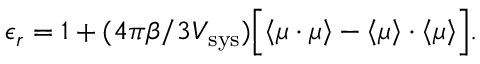
\epsilon _ { r } = 1 + ( 4 \pi \beta / 3 V _ { \mathrm { s y s } } ) \Bigl [ \left< \boldsymbol { \mu } \cdot \boldsymbol { \mu } \right> - \left< \boldsymbol { \mu } \right> \cdot \left< \boldsymbol { \mu } \right> \Bigr ] .